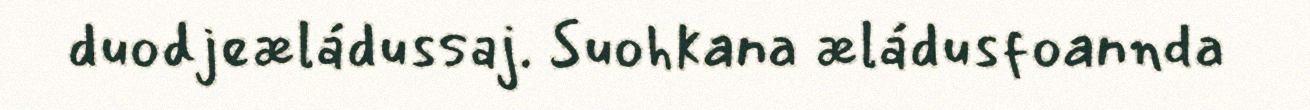
duodjeæládussaj. Suohkana æládusfoannda